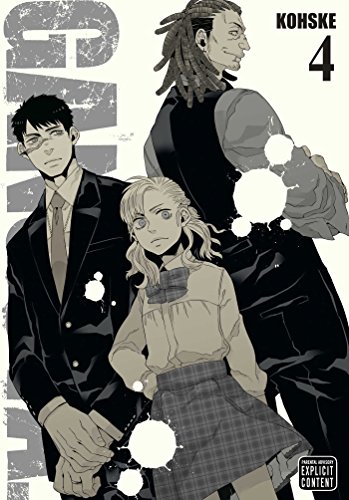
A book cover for Gangsta., Vol. 4; Kohske .; Comics & Graphic Novels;